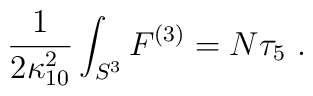
\frac1{2\kappa_{10}^2} \int_{S^3} F^{(3)} = N \tau_5~.